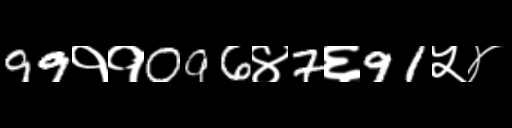
Text: 99११096४7६91५४